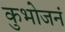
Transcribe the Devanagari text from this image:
कुभोजनं